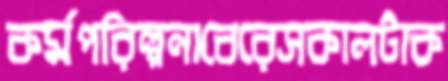
কর্মপরিল্পনাবেরেসকালটাক